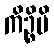
ကိဉ္စိပိ